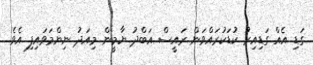
ގަޑި އެއް ގަޑިއިރު ކުޑަކުރައްވަން ރައީސް އަބްދު ޔާމީން މިއަދު ނިންމަވައިފި އެވެ.